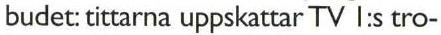
budet: tittarna uppskattar TV I:s tro-